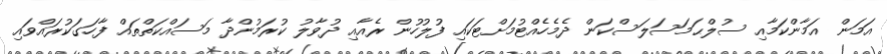
އަމަން އަމާންކަމާއި ސުލްޙަމަސަލަސްކަން ދެމެހެއްޓުމަށްޓަކައި ފުލުހުން ރެއާއި ދުވާލު ކުރަމުންދާ މަސައްކަތްތައް ފާހަގަކުރައްވައި